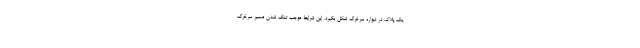
یک پلاک در دیواره سرخرگ شکل بگیرد. این شرایط موجب تنگ شدن مسیر سرخرگ